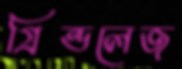
গ্রিন্ডলেজ